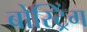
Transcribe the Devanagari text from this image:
बोस्ट्रिंग